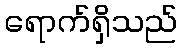
ရောက်ရှိသည်